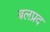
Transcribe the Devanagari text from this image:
बलप्रद